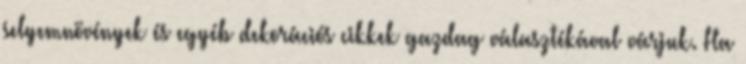
selyemnövények és egyéb dekorációs cikkek gazdag választékával várjuk. Ha